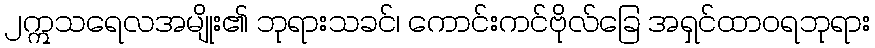
၂ဣသရေလအမျိုး၏ ဘုရားသခင်၊ ကောင်းကင်ဗိုလ်ခြေ အရှင်ထာဝရဘုရား